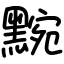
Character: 黦